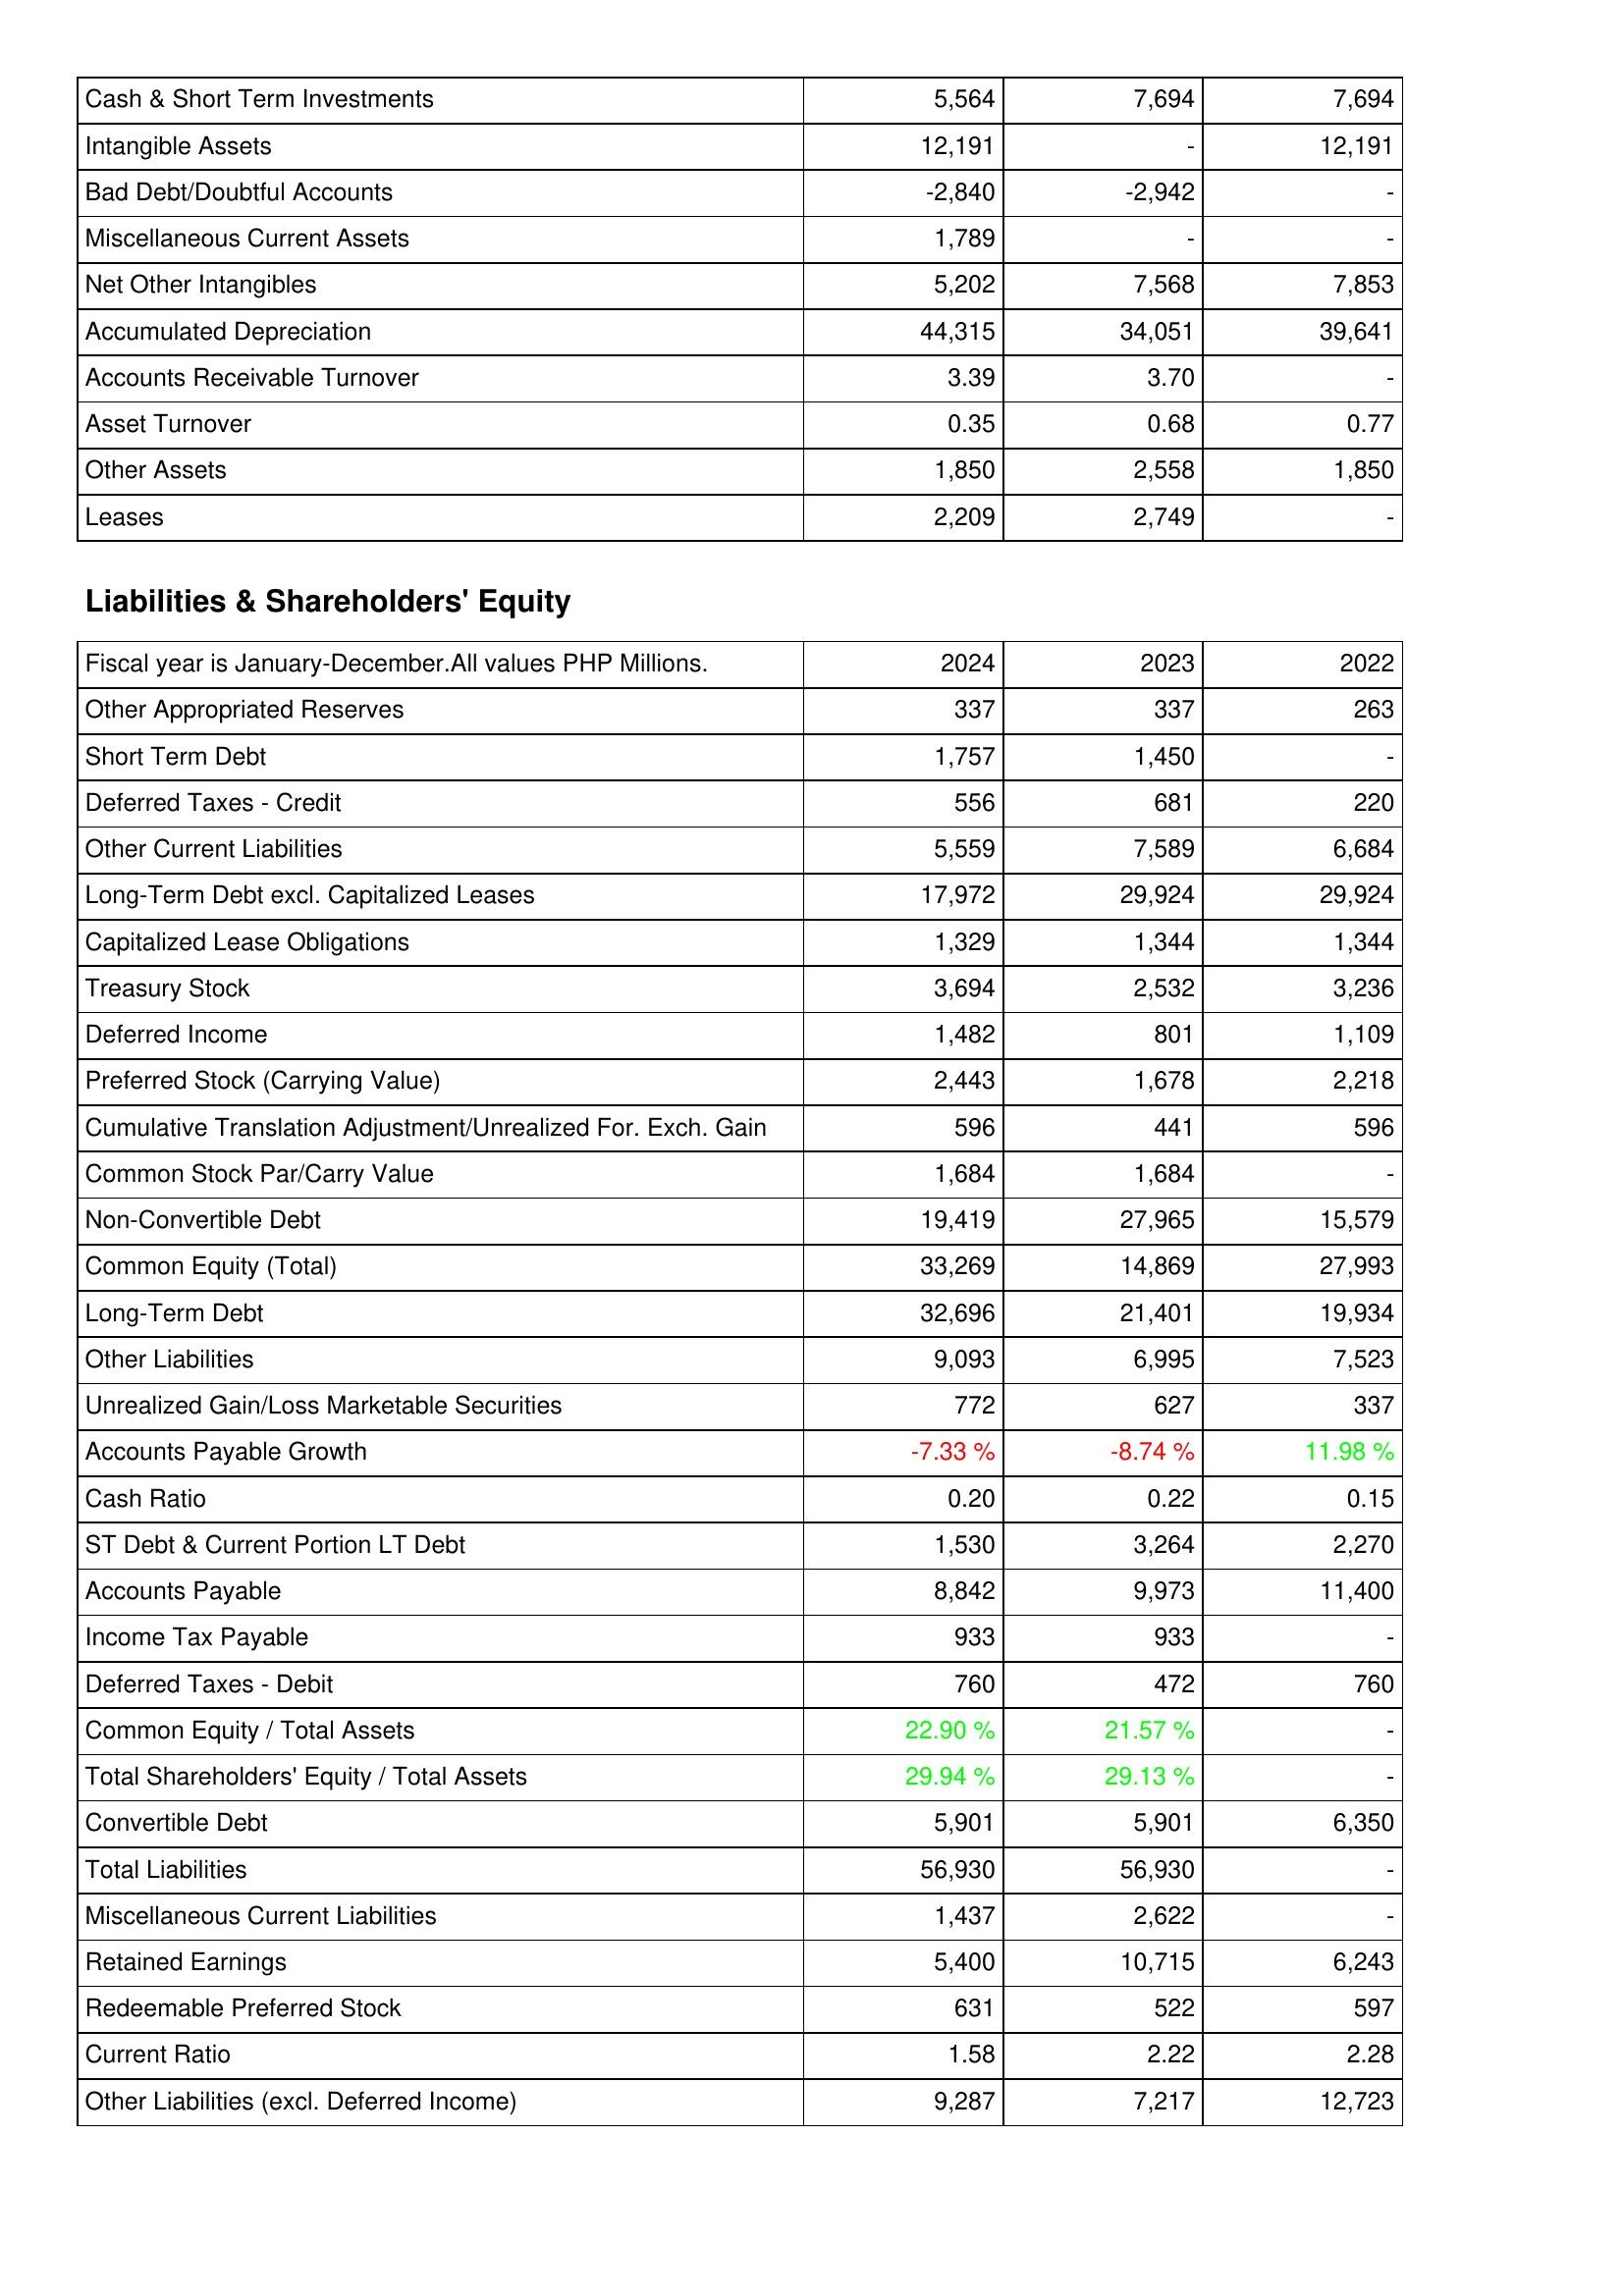
2024: Assets: Cash & Short Term Investments: 5,564
Intangible Assets: 12,191
Bad Debt/Doubtful Accounts: -2,840
Miscellaneous Current Assets: 1,789
Net Other Intangibles: 5,202
Accumulated Depreciation: 44,315
Accounts Receivable Turnover: 3.39
Asset Turnover: 0.35
Other Assets: 1,850
Leases: 2,209
Liabilities & Shareholders' Equity: Other Appropriated Reserves: 337
Short Term Debt: 1,757
Deferred Taxes - Credit: 556
Other Current Liabilities: 5,559
Long-Term Debt excl. Capitalized Leases: 17,972
Capitalized Lease Obligations: 1,329
Treasury Stock: 3,694
Deferred Income: 1,482
Preferred Stock (Carrying Value): 2,443
Cumulative Translation Adjustment/Unrealized For. Exch. Gain: 596
Common Stock Par/Carry Value: 1,684
Non-Convertible Debt: 19,419
Common Equity (Total): 33,269
Long-Term Debt: 32,696
Other Liabilities: 9,093
Unrealized Gain/Loss Marketable Securities: 772
Accounts Payable Growth: -7.33 %
Cash Ratio: 0.20
ST Debt & Current Portion LT Debt: 1,530
Accounts Payable: 8,842
Income Tax Payable: 933
Deferred Taxes - Debit: 760
Common Equity / Total Assets: 22.90 %
Total Shareholders' Equity / Total Assets: 29.94 %
Convertible Debt: 5,901
Total Liabilities: 56,930
Miscellaneous Current Liabilities: 1,437
Retained Earnings: 5,400
Redeemable Preferred Stock: 631
Current Ratio: 1.58
Other Liabilities (excl. Deferred Income): 9,287
2023: Assets: Cash & Short Term Investments: 7,694
Intangible Assets: -
Bad Debt/Doubtful Accounts: -2,942
Miscellaneous Current Assets: -
Net Other Intangibles: 7,568
Accumulated Depreciation: 34,051
Accounts Receivable Turnover: 3.70
Asset Turnover: 0.68
Other Assets: 2,558
Leases: 2,749
Liabilities & Shareholders' Equity: Other Appropriated Reserves: 337
Short Term Debt: 1,450
Deferred Taxes - Credit: 681
Other Current Liabilities: 7,589
Long-Term Debt excl. Capitalized Leases: 29,924
Capitalized Lease Obligations: 1,344
Treasury Stock: 2,532
Deferred Income: 801
Preferred Stock (Carrying Value): 1,678
Cumulative Translation Adjustment/Unrealized For. Exch. Gain: 441
Common Stock Par/Carry Value: 1,684
Non-Convertible Debt: 27,965
Common Equity (Total): 14,869
Long-Term Debt: 21,401
Other Liabilities: 6,995
Unrealized Gain/Loss Marketable Securities: 627
Accounts Payable Growth: -8.74 %
Cash Ratio: 0.22
ST Debt & Current Portion LT Debt: 3,264
Accounts Payable: 9,973
Income Tax Payable: 933
Deferred Taxes - Debit: 472
Common Equity / Total Assets: 21.57 %
Total Shareholders' Equity / Total Assets: 29.13 %
Convertible Debt: 5,901
Total Liabilities: 56,930
Miscellaneous Current Liabilities: 2,622
Retained Earnings: 10,715
Redeemable Preferred Stock: 522
Current Ratio: 2.22
Other Liabilities (excl. Deferred Income): 7,217
2022: Assets: Cash & Short Term Investments: 7,694
Intangible Assets: 12,191
Bad Debt/Doubtful Accounts: -
Miscellaneous Current Assets: -
Net Other Intangibles: 7,853
Accumulated Depreciation: 39,641
Accounts Receivable Turnover: -
Asset Turnover: 0.77
Other Assets: 1,850
Leases: -
Liabilities & Shareholders' Equity: Other Appropriated Reserves: 263
Short Term Debt: -
Deferred Taxes - Credit: 220
Other Current Liabilities: 6,684
Long-Term Debt excl. Capitalized Leases: 29,924
Capitalized Lease Obligations: 1,344
Treasury Stock: 3,236
Deferred Income: 1,109
Preferred Stock (Carrying Value): 2,218
Cumulative Translation Adjustment/Unrealized For. Exch. Gain: 596
Common Stock Par/Carry Value: -
Non-Convertible Debt: 15,579
Common Equity (Total): 27,993
Long-Term Debt: 19,934
Other Liabilities: 7,523
Unrealized Gain/Loss Marketable Securities: 337
Accounts Payable Growth: 11.98 %
Cash Ratio: 0.15
ST Debt & Current Portion LT Debt: 2,270
Accounts Payable: 11,400
Income Tax Payable: -
Deferred Taxes - Debit: 760
Common Equity / Total Assets: -
Total Shareholders' Equity / Total Assets: -
Convertible Debt: 6,350
Total Liabilities: -
Miscellaneous Current Liabilities: -
Retained Earnings: 6,243
Redeemable Preferred Stock: 597
Current Ratio: 2.28
Other Liabilities (excl. Deferred Income): 12,723